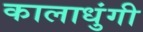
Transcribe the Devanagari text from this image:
कालाधुंगी